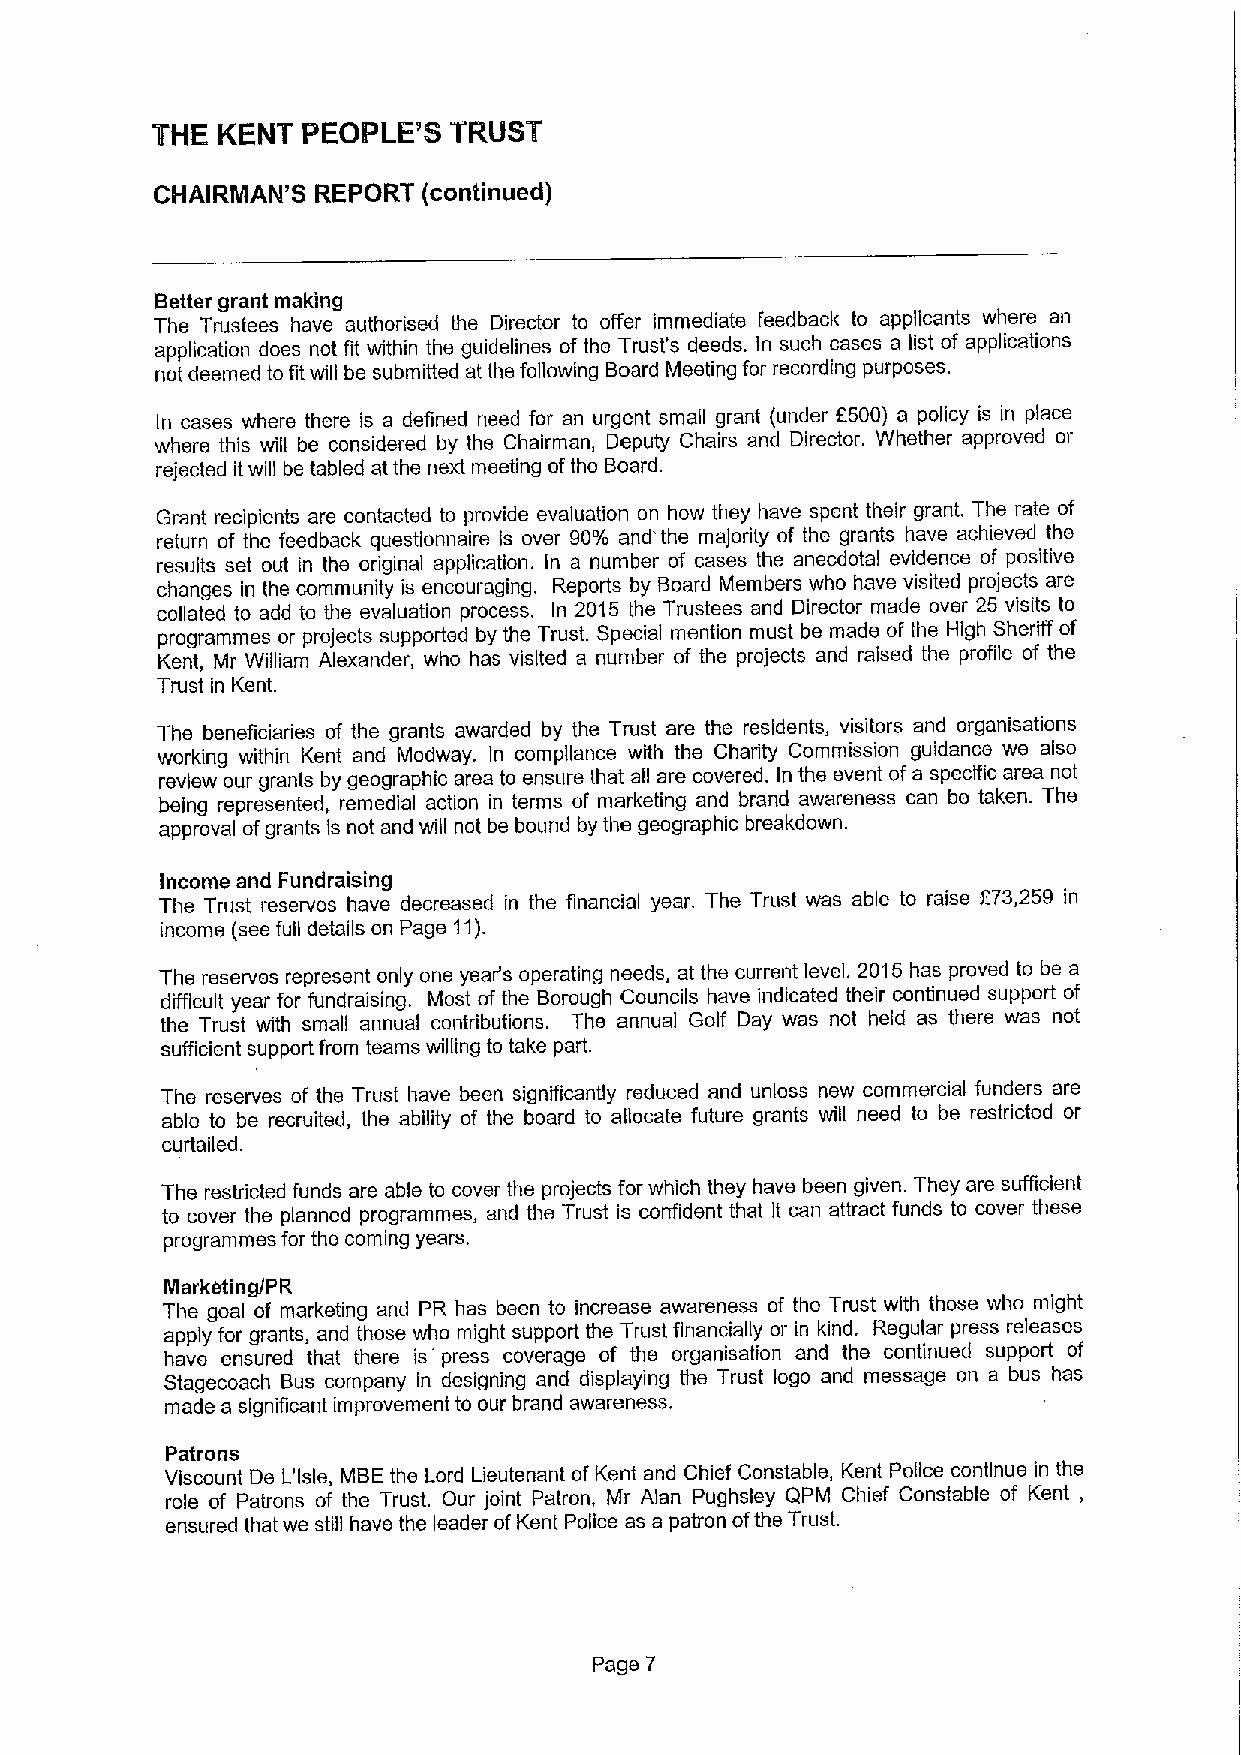
THE KENT  PEOPLE'8  TRUST
 CHAIRMAN'S REPORT (continued)
 Better grant making
 The Trustees have authorised the Director to offer immediate feedback to applicants where an
 application does not fit within the guidelines of the Trust's deeds. In such cases a list of applications
 not deemed to fit will be submitted at the following Board Meeting for recording purposes.
 In cases where there is a defined need for an urgent small grant (under E500) a policy is in place
 where this will be considered by the Chairman, Deputy Chairs and Director. Whether approved or
 rejected itwill be tabled at the next meeting ofthe Board.
 Grant recipients are contacted to provide evaluation on how they have spent their grant. The rate of
 return of the feedback questionnaire is over 90% and'the majority of the grants have achieved the
 results set out in the original application. In a number of cases the anecdotal evidence of positive
 changes in the community is encouraging. Reports by Board Members who have visited projects are
 collated to add to the evaluation process. In 2015 the Trustees and Director made over 25 visits to
 programmes or projects supported by the Trust. Special mention must be made of the High Sheriff of
 Kent, Mr William Alexander, who has visited a number of the projects and raised the profile of the
 Trust in Kent.
 The beneficiaries of the grants awarded by the Trust are the residents, visitors and organisations
 working within Kent and Medway. In compliance with the Charity Commission guidance we also
 review our grants by geographic area to ensure that all are covered. In the event ofa specific area not
 being represented, remedial action in terms of marketing and brand awareness can be taken. The
 approval ofgrants Is not and will not be bound by the geographic breakdown.
 Income and Fundraising
 The Trust reserves have decreased in the financial year. The Trust was able to raise F73,259 in
 income (see full details on Page 11).
 The reserves represent only one year's operating needs, at the current level. 2015 has proved to be a
 difficult year for fundraising. Most of the Borough Councils have indicated their continued support of
 the Trust with small annual contributions. The annual Golf Day was not held as there was not
 sufficient support from teams willing to take part.
 The reserves of the Trust have been significantly reduced and unless new commercial funders are
 able to be recruited, the ability of the board to allocate future grants will need to be restricted or
 curtailed.
 The restricted funds are able to cover the projects for which they have been given. They are sufficient
 to cover the planned programmes, and the Trust is corrfident that it can attract funds to cover these
 programmes for the coming years.
 Marketing/PR
 The goal of marketing and PR has been to increase awareness of the Trust with those who might
 apply for grants, and those who might support the Trust financially or in kind. Regular press releases
 have ensured that there is press coverage of the organisation and the continued support of
 Stagecoach Bus company in designing and displaying the Trust logo and message on a bus has
 made a significant improvement to our brand awareness.
 Patrons
 Viscount De L'Isle, MBE the Lord Lieutenant of Kent and Chief Constable, Kent Police continue in the
 role of Patrons of the Trust. Our joint Patron, Mr Alan Pughsley QPM Chief Constable of Kent,
 ensured that we still have the leader ofKent Police as a patron ofthe Trust.
 Page 7